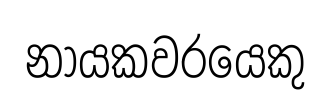
නායකවරයෙකු